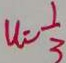
u = \frac { 1 } { 3 }